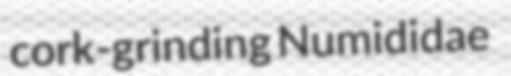
cork-grinding Numididae